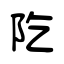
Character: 阣